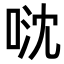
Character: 𠴥